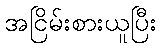
အငြိမ်းစားယူပြီး